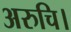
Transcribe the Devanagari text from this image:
अरुचि।